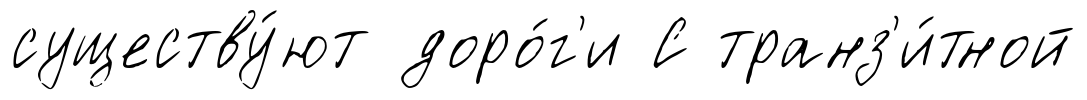
существу́ют доро́г'и С транз'и́тной